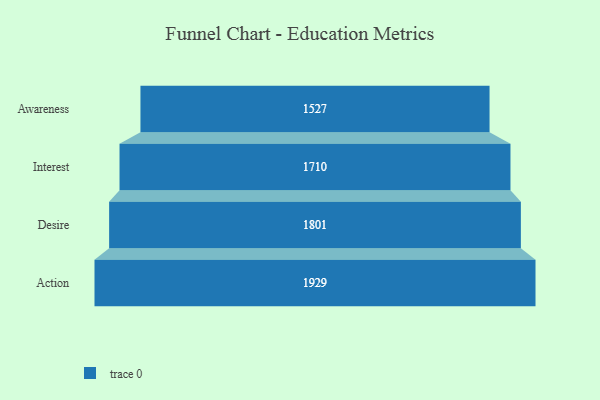
{"axis": {"x": "Stage", "y": "Value"}, "legend": [""], "data": [{"x": "Awareness", "y": 1527.0, "type": ""}, {"x": "Interest", "y": 1710.0, "type": ""}, {"x": "Desire", "y": 1801.0, "type": ""}, {"x": "Action", "y": 1929.0, "type": ""}]}